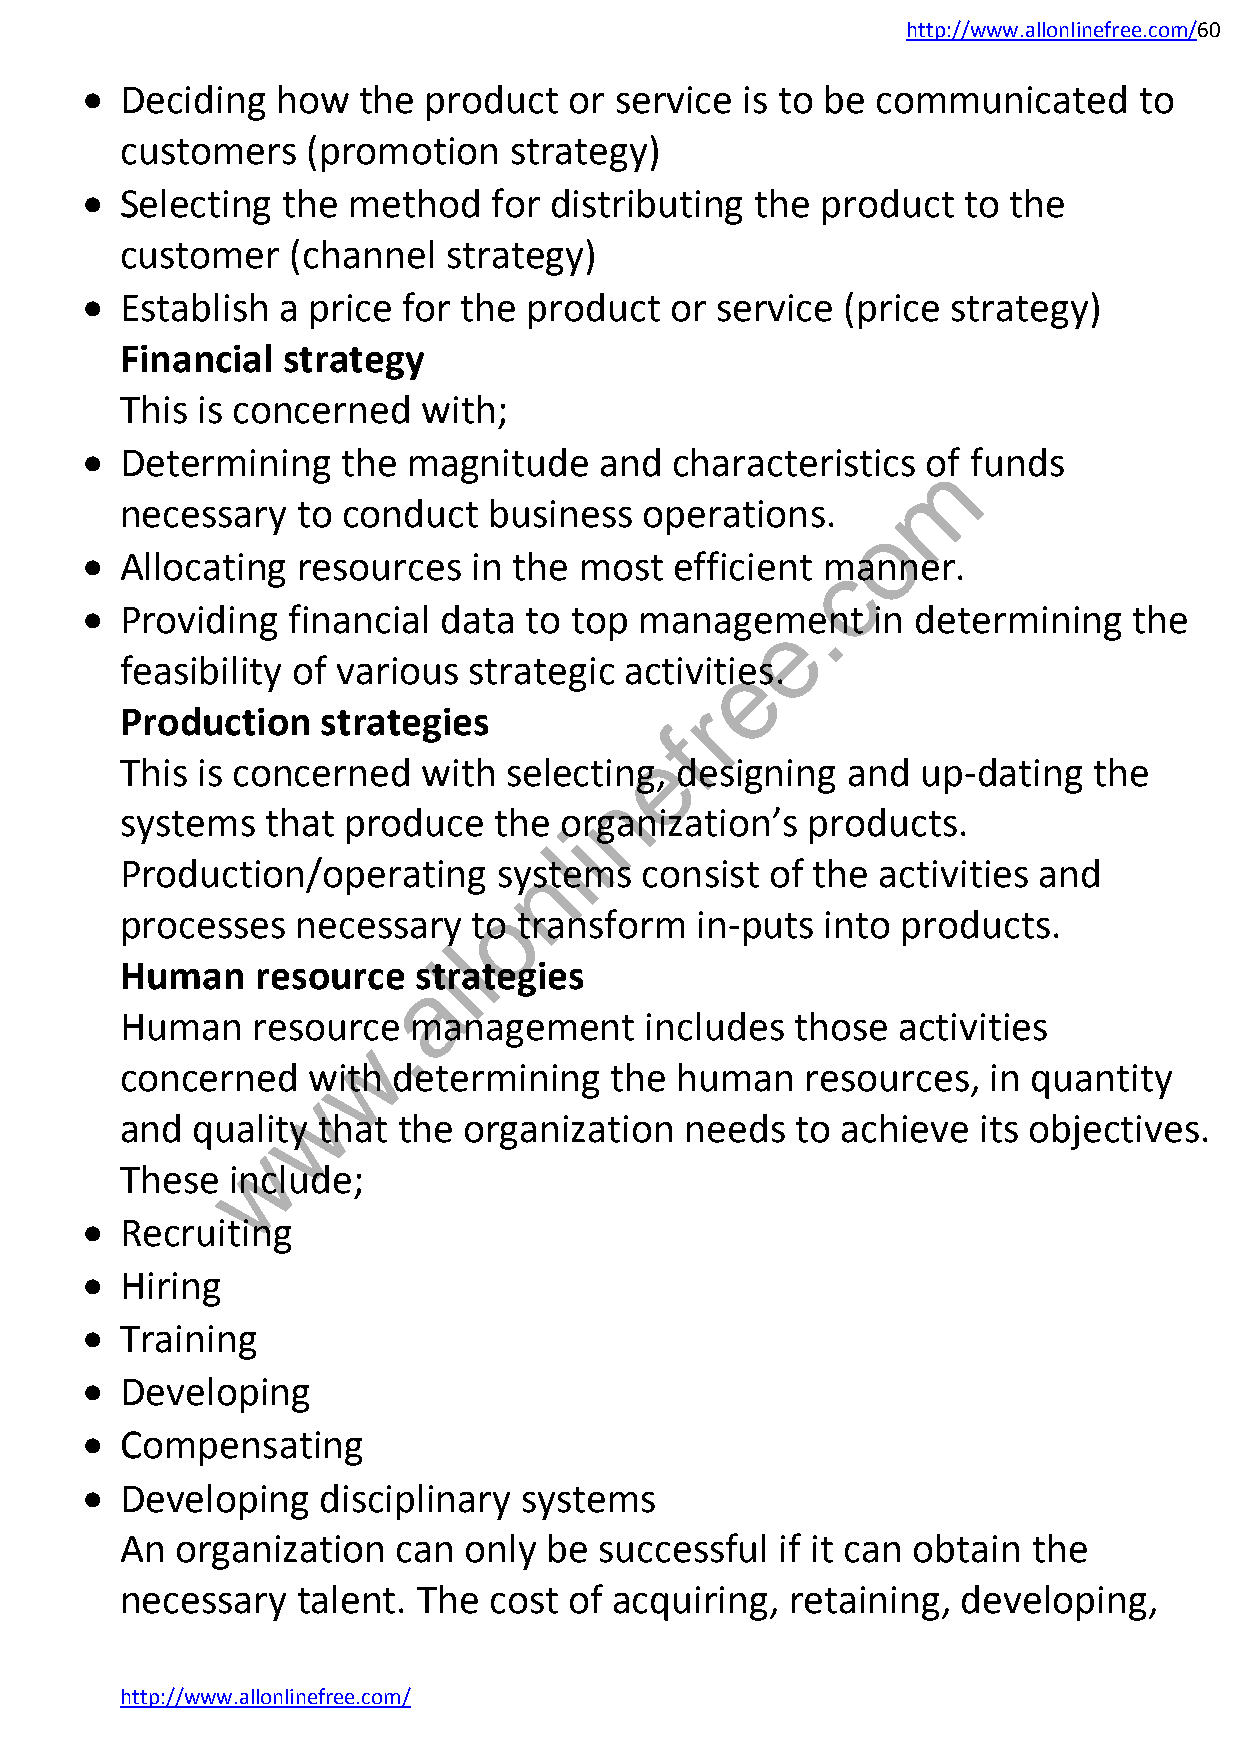
http://www.allonlinefree.com/60
   Deciding  how   the product   or service is to be communicated     to
 customers   (promotion    strategy)
   Selecting  the method    for distributing the product   to the
 customer   (channel  strategy)
   Establish a price  for the product  or service  (price strategy)
 Financial  strategy
 This is concerned   with;
   Determining    the magnitude    and  characteristics omf funds
 necessary   to conduct  business   operations.
 o
   Allocating  resources  in the most   efficient mcanner.
 .
   Providing  financial data  to top management      in determining   the
 e
 feasibility of various strategic activitiees.
 r
 Production   strategies
 f
 e
 This is concerned   with selecting,  designing  and  up-dating  the
 n
 systems   that produce   the organization’s  products.
 i
 l
 Production/operating     synstems consist  of the activities and
 o
 processes   necessary  to transform   in-puts  into products.
 l
 l
 Human    resource  strategies
 a
 Human    resourc.e management      includes  those activities
 w
 concerned   with  determining   the  human   resources,  in quantity
 w
 and  quality that the  organization  needs   to achieve  its objectives.
 w
 These  include;
   Recruiting
   Hiring
   Training
   Developing
   Compensating
   Developing   disciplinary systems
 An  organization  can  only be  successful  if it can obtain the
 necessary   talent. The cost  of acquiring, retaining,  developing,
 http://www.allonlinefree.com/